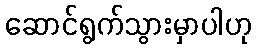
ဆောင်ရွက်သွားမှာပါဟု